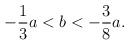
LaTeX: \begin{align*} -\frac{1}{3}a<b<-\frac{3}{8}a.\end{align*}